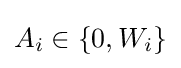
A_{i}\in \{0,W_{i}\}